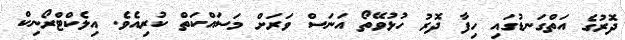
ދޮރުގެ އަތްގަނޑުގައި ހިފާ ދޮރު ހުޅުވޭތޯ އަނަސް ވަރަށް މަސައްކަތް ކުރިއެވެ. އިލެކްޓްރޯނިކް